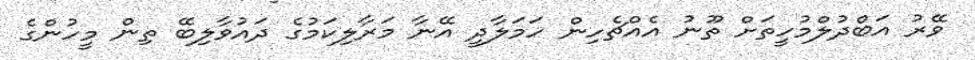
ވޭރު އަބްދުލްމުހީތަށް ތޫނު އެއްޗެހިން ހަމަލާދީ އޭނާ މަރާލިކަމުގެ ދައުވާލިބޭ ތިން މީހުންގެ